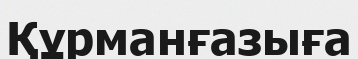
Құрманғазыға